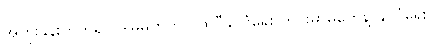
အတိုးနှုန်းတက်ရင် ဒါမှမဟုတ် ပထဝီနိုင်ငံရေး တင်းမာမှုတွေနဲ့ နိုင်ငံရေး